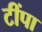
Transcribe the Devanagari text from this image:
टींपा